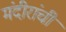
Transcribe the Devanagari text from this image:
मंदीरांची